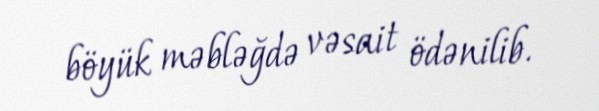
böyük məbləğdə vəsait ödənilib.